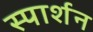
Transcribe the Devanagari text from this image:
स्पार्शन